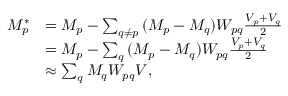
\begin{array} { r l } { M _ { p } ^ { * } } & { = M _ { p } - \sum _ { q \neq p } { ( M _ { p } - M _ { q } ) W _ { p q } \frac { V _ { p } + V _ { q } } { 2 } } } \\ & { = M _ { p } - \sum _ { q } { ( M _ { p } - M _ { q } ) W _ { p q } \frac { V _ { p } + V _ { q } } { 2 } } } \\ & { \approx \sum _ { q } { M _ { q } W _ { p q } V } , } \end{array}